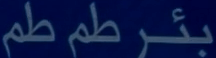
بئرٌطمْط